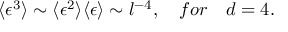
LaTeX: \langle \epsilon ^ { 3 } \rangle \sim \langle \epsilon ^ { 2 } \rangle \langle \epsilon \rangle \sim l ^ { - 4 } , ~ ~ ~ f o r ~ ~ ~ d = 4 .